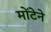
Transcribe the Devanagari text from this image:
मोंटेने